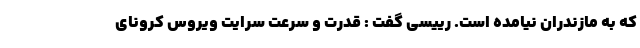
که به مازندران نیامده است. رییسی گفت : قدرت و سرعت سرایت ویروس کرونای